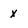
Character: x